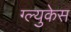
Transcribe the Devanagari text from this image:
ग्ल्युकेस